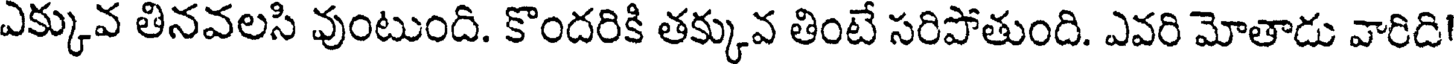
ఎక్కువ తినవలసి వుంటుంది. కొందరికి తక్కువ తింటే సరిపోతుంది. ఎవరి మోతాడు వారిది